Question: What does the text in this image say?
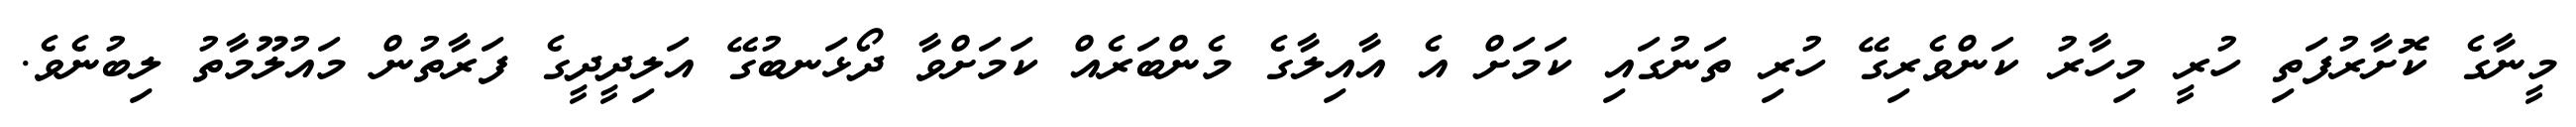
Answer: މީނާގެ ކޮށާރުފަތި ހުރީ މިހާރު ކަންވެރިގޭ ހުރި ތަނުގައި ކަމަށް އެ އާއިލާގެ މެންބަރެއް ކަމަށްވާ ދޯޅަނބުގޭ އަލިދީދީގެ ފަރާތުން މައުލޫމާތު ލިބުނެވެ.